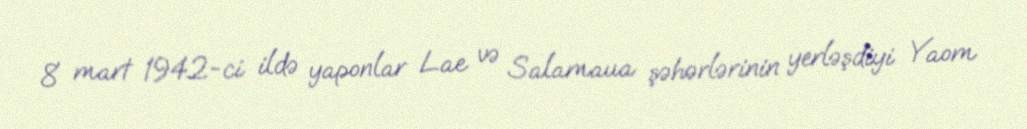
8 mart 1942-ci ildə yaponlar Lae və Salamaua şəhərlərinin yerləşdiyi Yaom